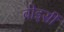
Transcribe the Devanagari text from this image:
वोइसीं